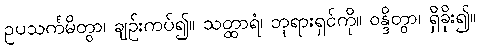
ဥပသင်္ကမိတွာ၊ ချဉ်းကပ်၍။ သတ္ထာရံ၊ ဘုရားရှင်ကို။ ဝန္ဒိတွာ၊ ရှိခိုး၍။